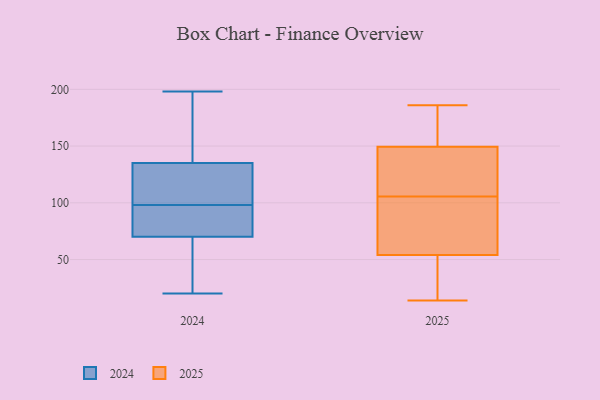
{"axis": {"x": "Conversion Rate (%)", "y": "Value"}, "legend": ["2024", "2025"], "data": [{"x": "", "y": 177, "type": "2025"}, {"x": "", "y": 186, "type": "2025"}, {"x": "", "y": 65, "type": "2025"}, {"x": "", "y": 185, "type": "2025"}, {"x": "", "y": 150, "type": "2025"}, {"x": "", "y": 122, "type": "2025"}, {"x": "", "y": 149, "type": "2025"}, {"x": "", "y": 14, "type": "2025"}, {"x": "", "y": 64, "type": "2025"}, {"x": "", "y": 111, "type": "2025"}, {"x": "", "y": 28, "type": "2025"}, {"x": "", "y": 100, "type": "2025"}, {"x": "", "y": 100, "type": "2025"}, {"x": "", "y": 39, "type": "2025"}, {"x": "", "y": 115, "type": "2025"}, {"x": "", "y": 44, "type": "2025"}, {"x": "", "y": 63, "type": "2024"}, {"x": "", "y": 104, "type": "2024"}, {"x": "", "y": 74, "type": "2024"}, {"x": "", "y": 42, "type": "2024"}, {"x": "", "y": 90, "type": "2024"}, {"x": "", "y": 165, "type": "2024"}, {"x": "", "y": 44, "type": "2024"}, {"x": "", "y": 92, "type": "2024"}, {"x": "", "y": 198, "type": "2024"}, {"x": "", "y": 139, "type": "2024"}, {"x": "", "y": 116, "type": "2024"}, {"x": "", "y": 107, "type": "2024"}, {"x": "", "y": 135, "type": "2024"}, {"x": "", "y": 157, "type": "2024"}, {"x": "", "y": 70, "type": "2024"}, {"x": "", "y": 20, "type": "2024"}, {"x": "", "y": 80, "type": "2024"}, {"x": "", "y": 122, "type": "2024"}]}